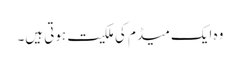
وہ ایک میڈم کی ملکیت ہوتی ہیں۔